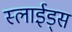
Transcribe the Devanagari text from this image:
स्लाईड्स